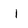
Character: I